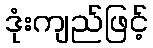
ဒုံးကျည်ဖြင့်